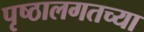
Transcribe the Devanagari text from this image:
पृष्ठालगतच्या